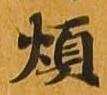
煩